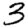
Digit: 3